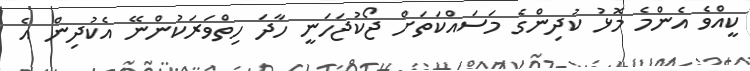
ކީއްވެ އެންމެ މޮޅު ކުދިންގެ މަސައްކަތަށް ޖޯކުޖަހަނީ ހާދަ ހިތްވަރަކުންނޭ އެކުދިން އެ